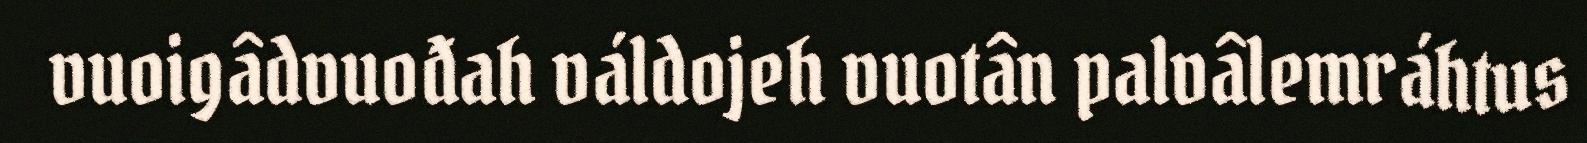
vuoigâdvuođah váldojeh vuotân palvâlemráhtus